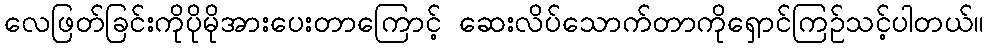
လေဖြတ်ခြင်းကိုပိုမိုအားပေးတာကြောင့် ဆေးလိပ်သောက်တာကိုရှောင်ကြဉ်သင့်ပါတယ်။